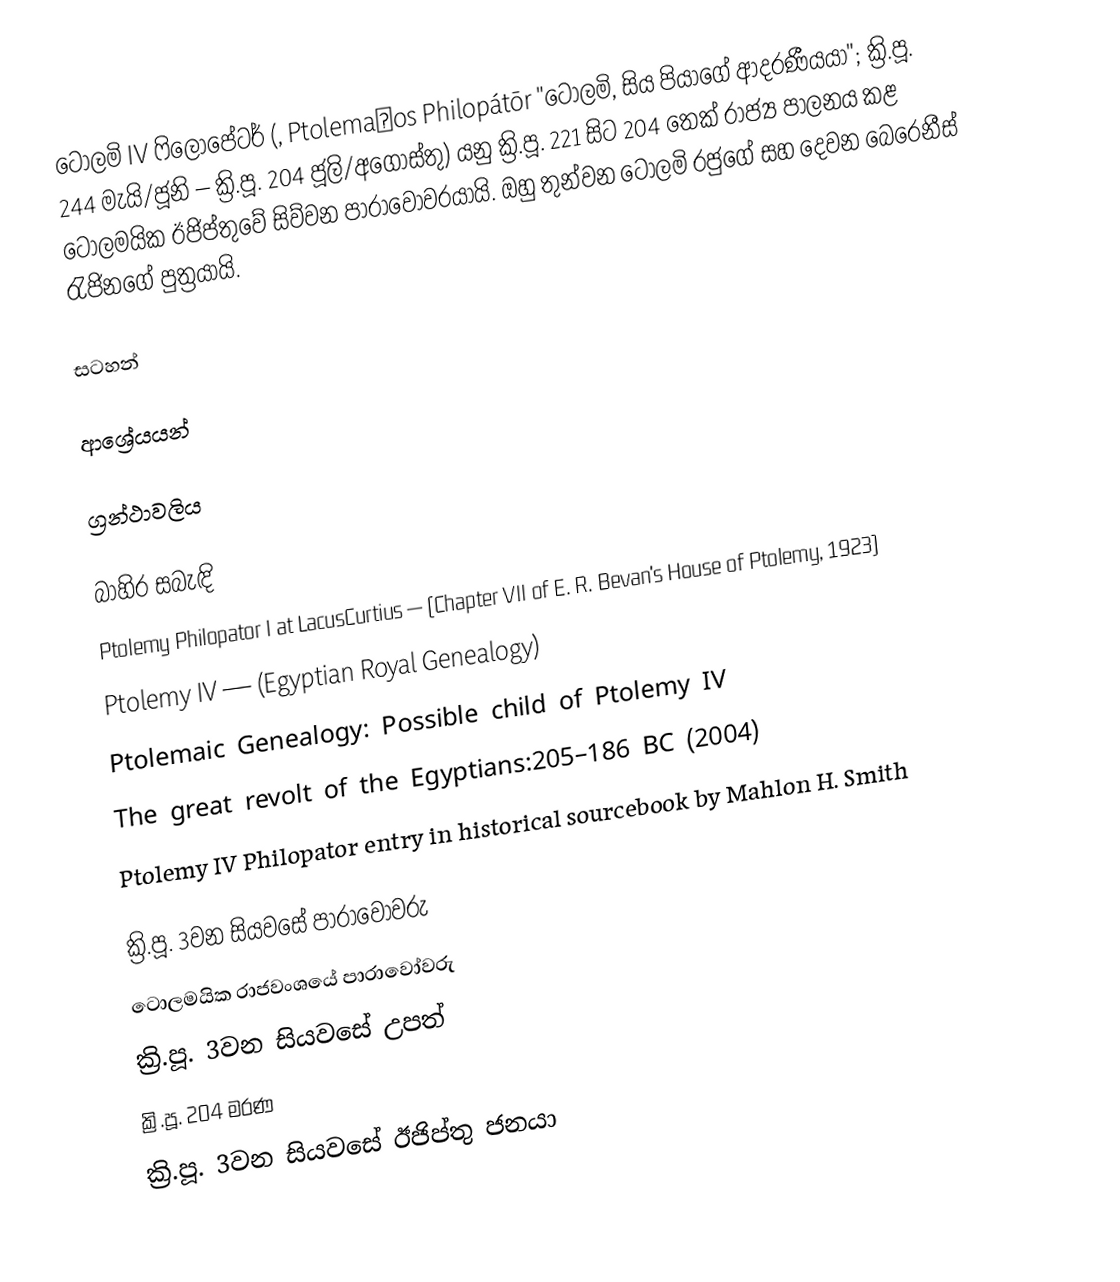
ටොලමි IV ෆිලොපේටර් (, Ptolemaĩos Philopátōr "ටොලමි, සිය පියාගේ ආදරණීයයා"; ක්‍රි.පූ. 244 මැයි/ජූනි – ක්‍රි.පූ. 204 ජූලි/අගෝස්තු) යනු ක්‍රි.පූ. 221 සිට 204 තෙක් රාජ්‍ය පාලනය කළ ටොලමයික ඊජිප්තුවේ සිව්වන පාරාවෝවරයායි. ඔහු තුන්වන ටොලමි රජුගේ සහ දෙවන බෙරෙනීස් රැජිනගේ පුත්‍රයායි.

සටහන්

ආශ්‍රේයයන්

ග්‍රන්ථාවලිය

බාහිර සබැඳි
Ptolemy Philopator I at LacusCurtius — (Chapter VII of E. R. Bevan's House of Ptolemy, 1923)
Ptolemy IV — (Egyptian Royal Genealogy)
Ptolemaic Genealogy: Possible child of Ptolemy IV
The great revolt of the Egyptians:205–186 BC (2004)
Ptolemy IV Philopator entry in historical sourcebook by Mahlon H. Smith

ක්‍රි.පූ. 3වන සියවසේ පාරාවෝවරු
ටොලමයික රාජවංශයේ පාරාවෝවරු
ක්‍රි.පූ. 3වන සියවසේ උපත්
ක්‍රි.පූ. 204 මරණ
ක්‍රි.පූ. 3වන සියවසේ ඊජිප්තු ජනයා